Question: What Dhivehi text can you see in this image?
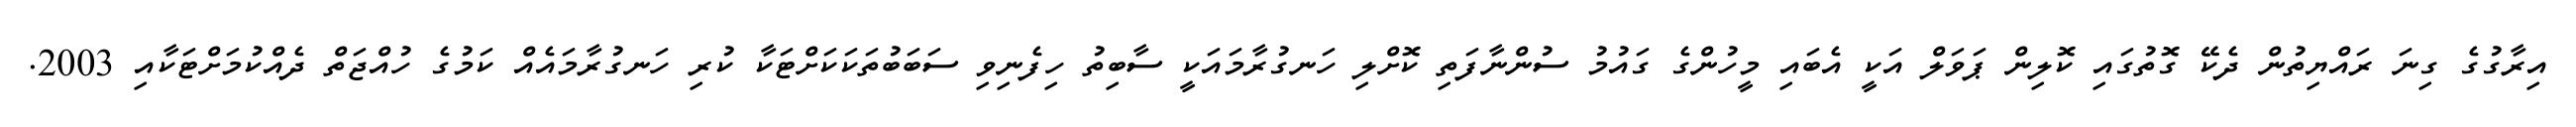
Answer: އިރާގުގެ ގިނަ ރައްޔިތުން ދެކޭ ގޮތުގައި ކޮލިން ޕަވަލް އަކީ އެބައި މީހުންގެ ގައުމު ސުންނާފަތި ކޮށްލި ހަނގުރާމައަކީ ސާބިތު ހިފެނިވި ސަބަބުތަކަކަށްޓަކާ ކުރި ހަނގުރާމައެއް ކަމުގެ ހުއްޖަތް ދެއްކުމަށްޓަކާއި 2003.